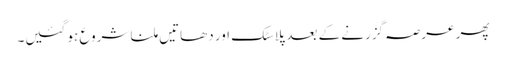
پھر عرصہ گزرنے کے بعد پلاسٹک اور دھاتیں ملنا شروع ہو گئیں۔